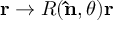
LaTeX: \mathbf { r } \rightarrow R ( \mathbf { \hat { n } } , \theta ) \mathbf { r }